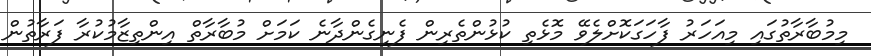
މިމުބާރާތުގައި މިއަހަރު ފާހަގަކޮށްލެވޭ މޮޅެތި ކުޅުންތެރިން ފެނިގެންދާނެ ކަމަށް މުބާރާތް އިންތިޒާމުކުރާ ފަރާތުން